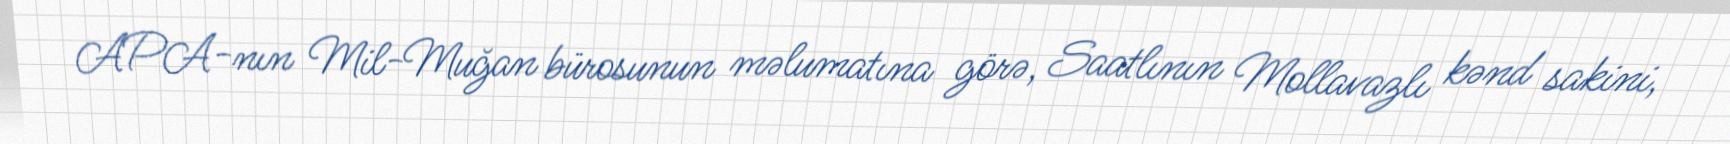
APA-nın Mil-Muğan bürosunun məlumatına görə, Saatlının Mollavazlı kənd sakini,